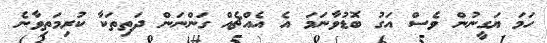
ހަމަ ޔަގީނުން ވެސް އަގު ބޮޑުވާނަމަ އެ އެއްޗެއް ގަންނަން ދަތިތަކާ ކުރިމަތިވާނެ